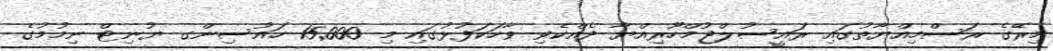
މިރޭގެ ރަސްމިއްޔާތުގައި ރައީސުލްޖުމްހޫރިއްޔާ ދެއްކެވި ވާހަކަފުޅުގައި މި 15